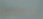
كقطعة